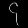
Digit: ၄